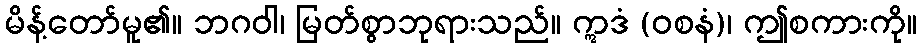
မိန့်တော်မူ၏။ ဘဂဝါ၊ မြတ်စွာဘုရားသည်။ ဣဒံ (ဝစနံ)၊ ဤစကားကို။